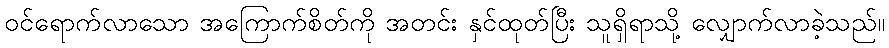
ဝင်ရောက်လာသော အကြောက်စိတ်ကို အတင်း နှင်ထုတ်ပြီး သူရှိရာသို့ လျှောက်လာခဲ့သည်။